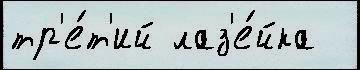
тр'е́т'ий лаз'е́йка